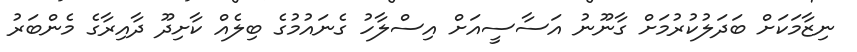
ނިޒާމަކަށް ބަދަލުކުރުމަށް ގާނޫނު އަސާސީއަށް އިސްލާހު ގެނައުމުގެ ބިލެއް ކާށިދޫ ދާއިރާގެ މެންބަރު